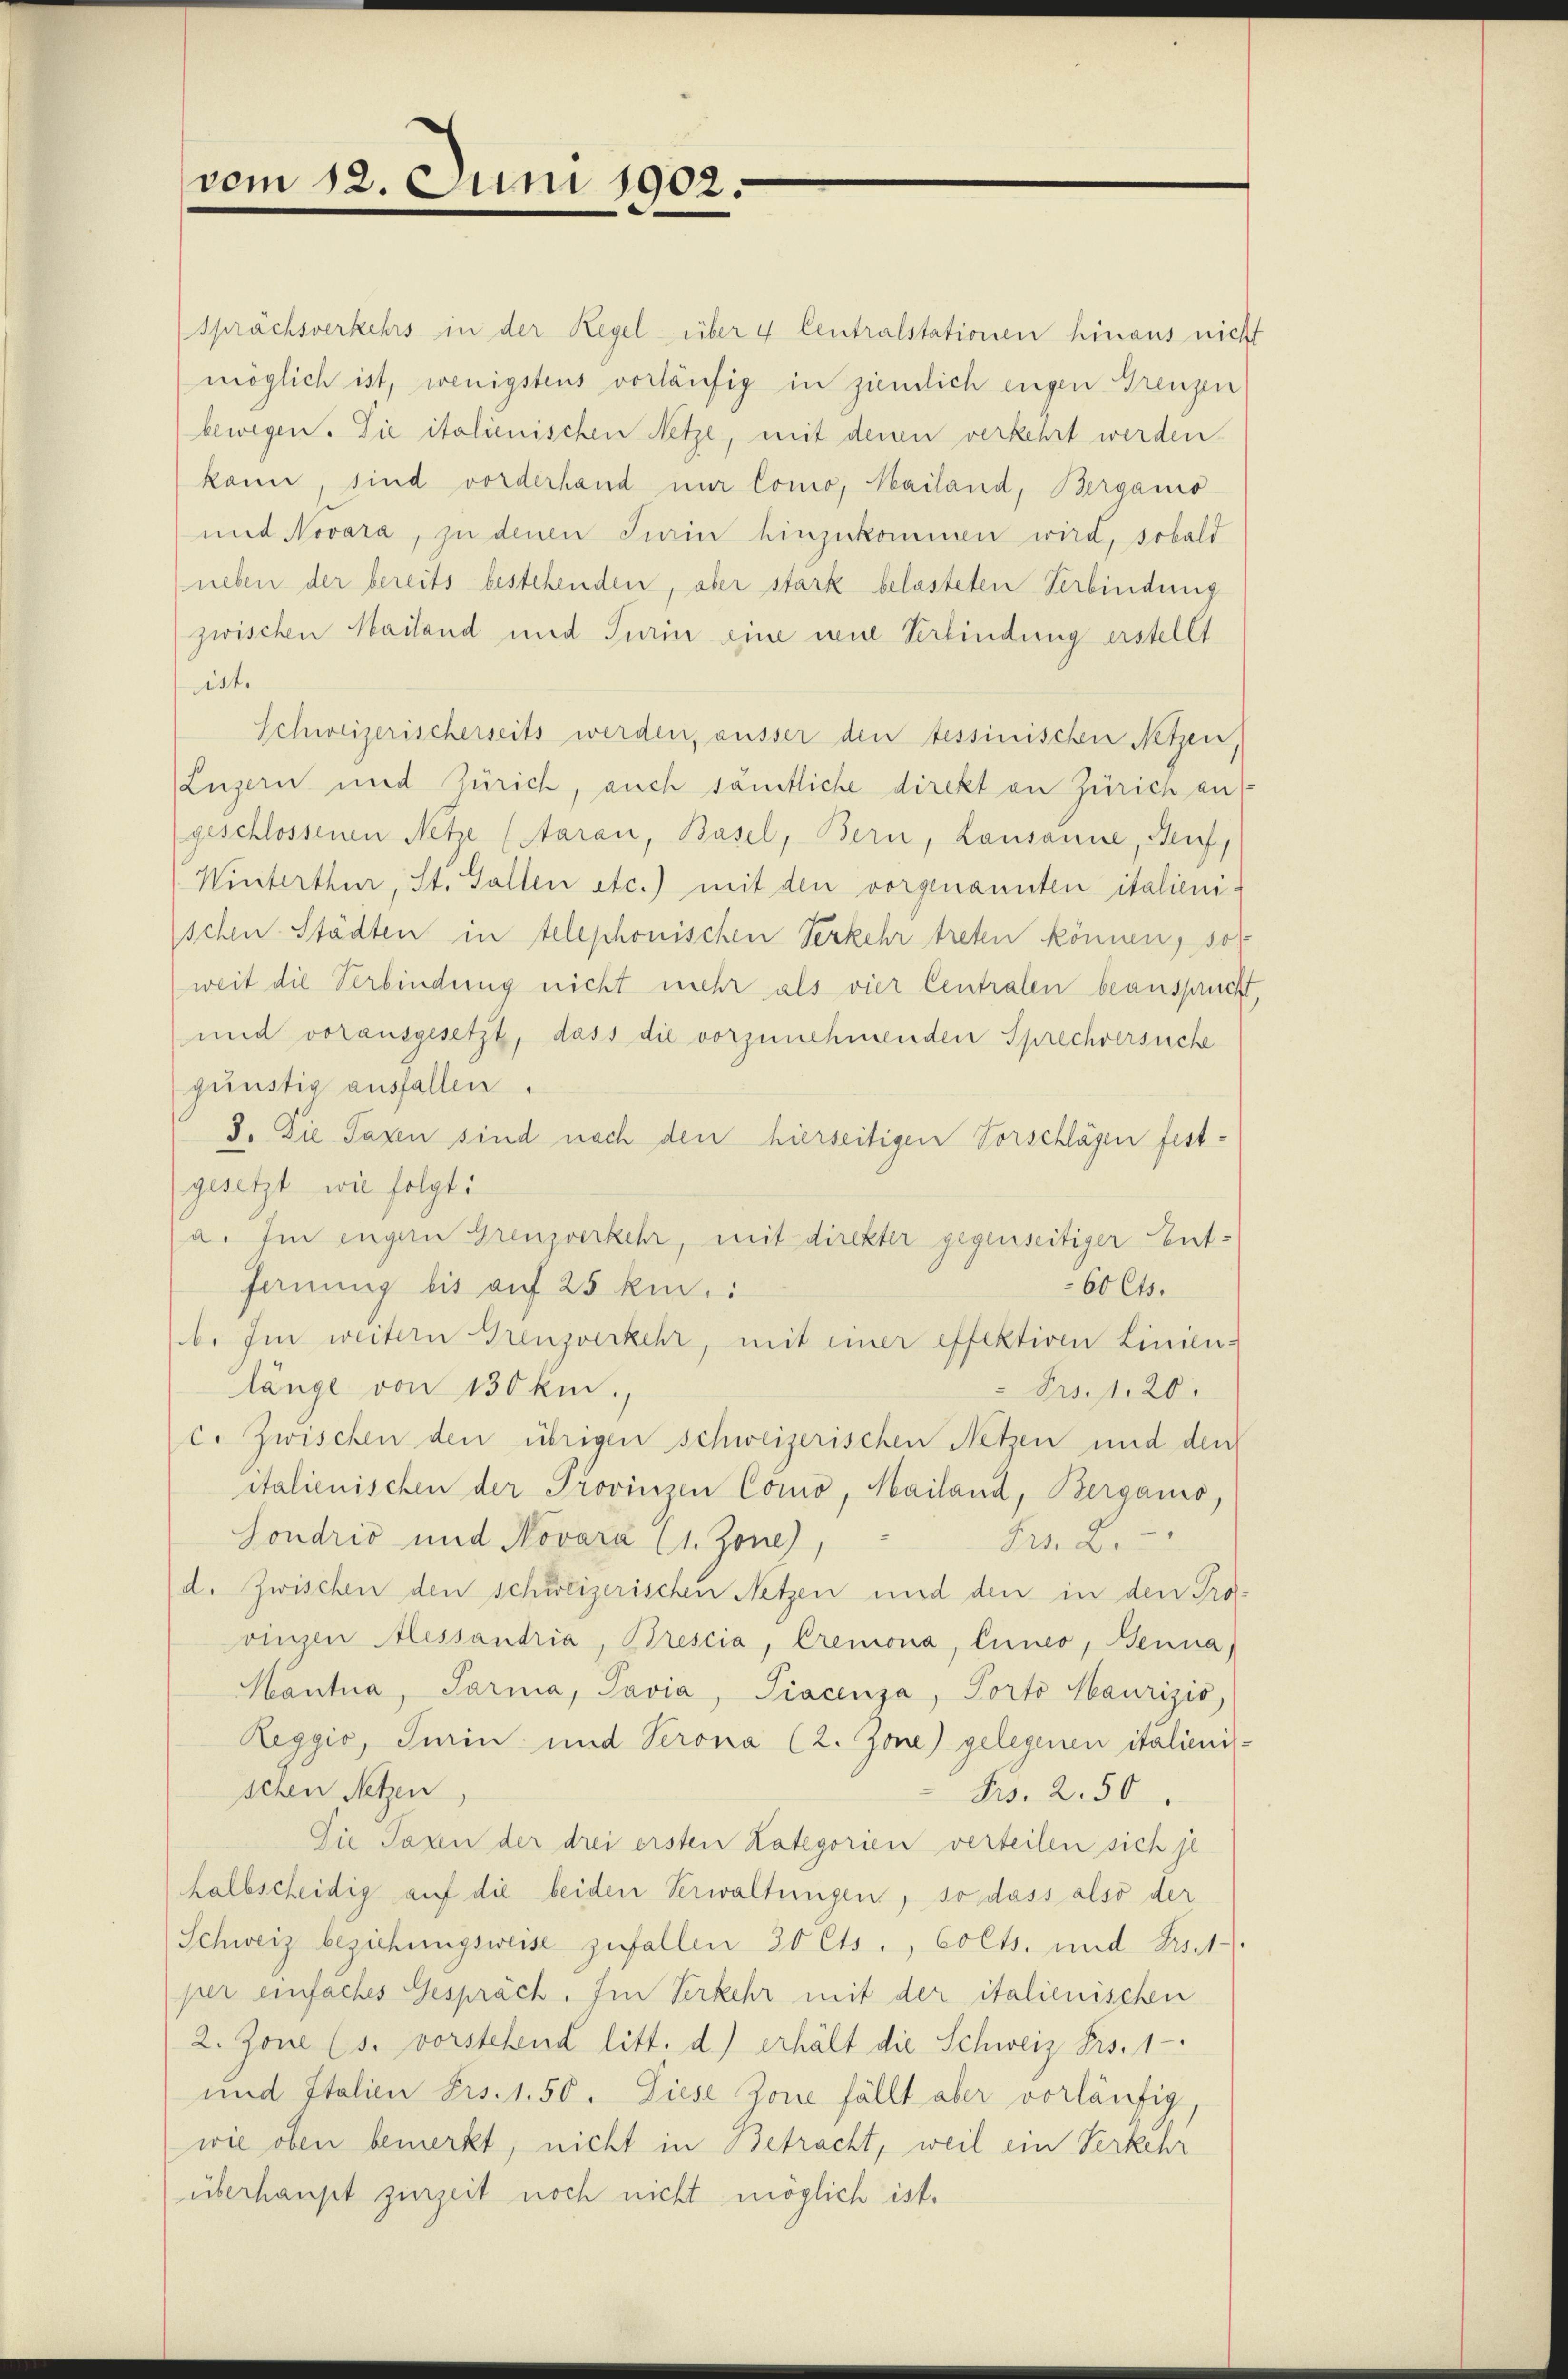
vom 12.

Juni 1902

Sprächsverkehrs in der Regel über 4 Centralstationen hinaus nicht
möglich ist, wenigstens vorläufig in ziemlich engen Grenzen
bewegen. Die italienischen Netze, mit denen verkehrt werden.
kann, sind vorderhand nur Como, Mailand, Berganis
mit Novara, zu denen Turin hinzukommen wird, sobald
neben der bereits bestehenden, aber stark belasteten Verbindung
zwischen Mailand und Turin eine wie Verbindung erstellt
iste
Schweizerischerseits werden, ausser den tessinischen Netzen,
Luzern und Zürich, auch sämtliche direkt an Zürich auf
geschlossenen Netze (Aarau, Basel, Bern, Lausanne, Senf,
Winterthur, St. Gallen etc.) mit den vorgenannten italieni-
schen Städten in telephonischen Verkehr treten können, sol
weit die Verbindung nicht mehr als vier Centralen beansprucht,
und vorausgesetzt, dass die vorzunehmenden Sprechversuche
günstig ausfallen.
3. Die Taxen sind nach den hierseitigen Vorschlägen festgesetzt wie folgt:
a. Im engern Grenzverkehr, mit direkter gegenseitiger Ent-
60 Cts.
Jarnung bis auf 25 km.:
b. Im weitern Grenzverkehr, mit einer effektiven Linien-
länge von 130 km.,
 Frs. f. 20.
c. Zwischen den übrigen schweizerischen Netzen und den
italienischen der Provinzen Como, Mailand, Bergano,
Hondrio und Novara (1. Zone),
Frs. 2.
d. Zwischen den schweizerischen Netzen und den in den Pro-
vingen Alessandria, Brescia, Cremona, Cuneo, Benna
Häntna, Parma, Pavia, Piacenza, Porto Maurizić,
Reggić, Turin und Serona (2. Zone) gelegenen italienisschen Netzen
Frs. 2. 50
Die Taxen der drei ersten Kategorien verteilen sich je
halbscheidig auf die beiden Verwaltungen, so dass also der
Schweiz beziehungsweise zufallen 20 Cts., Colts. und Frs.1
per einfaches Gespräch. Im Verkehr mit der italienischen
2. Jone (s. vorstehend litt. d) erhält die Schweiz Frs. 1
und Italien Frs. 1.50. Diese Zone fällt aber vorläufig,
wie oben bemerkt, nicht in Betracht, weil ein Verkehr
überhaupt zurzeit noch nicht möglich ist.